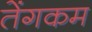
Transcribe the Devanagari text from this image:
तेंगकम